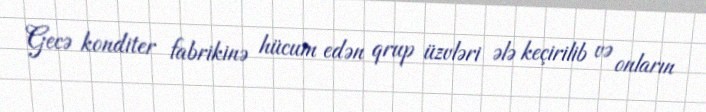
Gecə konditer fabrikinə hücum edən qrup üzvləri ələ keçirilib və onların